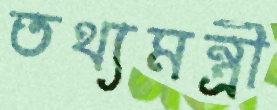
তথ্যমন্ত্রী